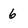
Character: 6